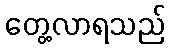
တွေ့လာရသည်